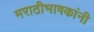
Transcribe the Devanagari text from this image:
मराठीभाषकांनी